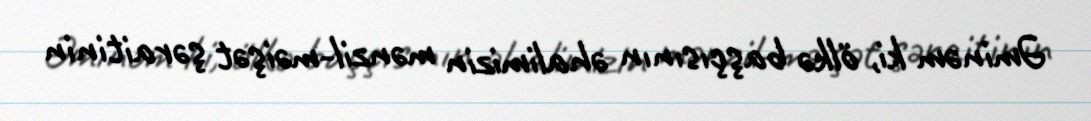
Əminəm ki, ölkə başçısının əhalimizin mənzil-məişət şəraitinin